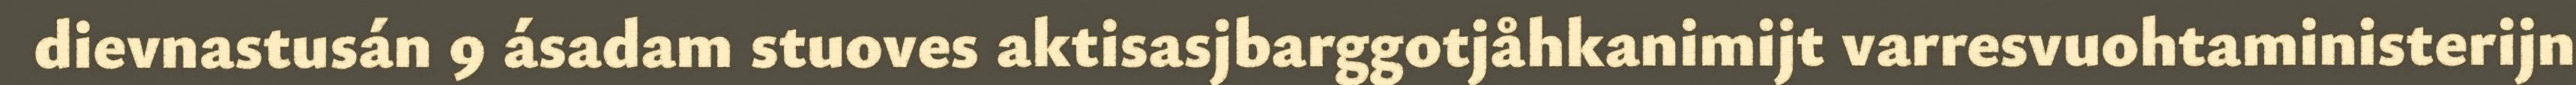
dievnastusán 9 ásadam stuoves aktisasjbarggotjåhkanimijt varresvuohtaministerijn